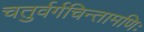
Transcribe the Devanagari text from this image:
चतुर्वर्गचिन्तामणिः